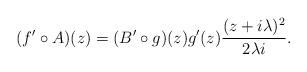
LaTeX: \begin{align*} (f'\circ A) (z)=(B'\circ g)(z) g'(z) \frac{ (z+i\lambda)^2}{2\lambda i}. \end{align*}